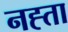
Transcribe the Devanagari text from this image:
नह्ता